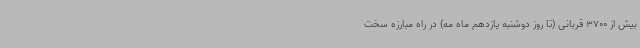
بیش از 3700 قربانی (تا روز دوشنبه یازدهم ماه مه) در راه مبارزه سخت